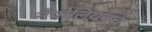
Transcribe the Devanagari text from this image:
नेपोलियनच